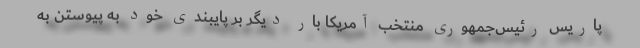
پاریس رئیس‌جمهوری منتخب آمریکا بار دیگر بر پایبندی خود به پیوستن به